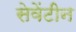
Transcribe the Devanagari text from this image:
सेवेंटीन